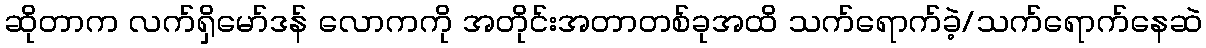
ဆိုတာက လက်ရှိမော်ဒန် လောကကို အတိုင်းအတာတစ်ခုအထိ သက်ရောက်ခဲ့/သက်ရောက်နေဆဲ